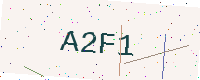
Text: A2F1